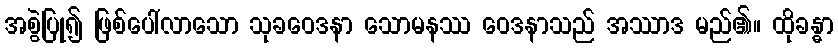
အစွဲပြု၍ ဖြစ်ပေါ်လာသော သုခဝေဒနာ သောမနဿ ဝေဒနာသည် အဿာဒ မည်၏။ ထိုခန္ဓာ